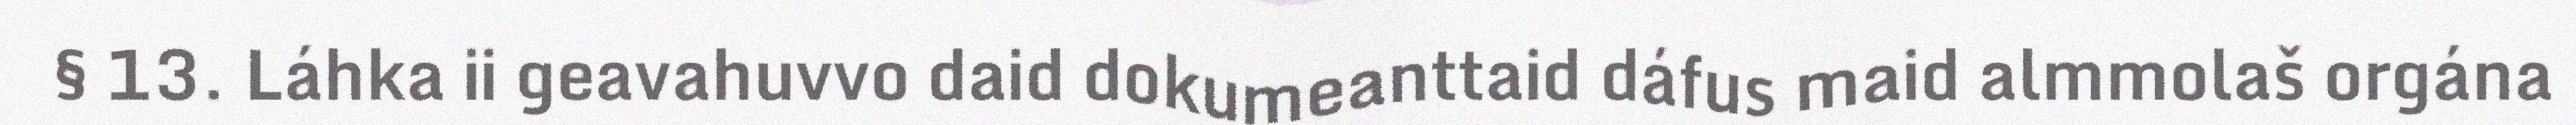
§ 13. Láhka ii geavahuvvo daid dokumeanttaid dáfus maid almmolaš orgána